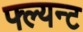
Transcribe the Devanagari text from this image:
फ्ल्यन्ट